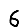
Digit: 6